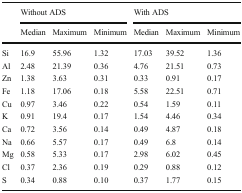
<table><thead><tr><td rowspan="2"></td><td colspan="3"><b>Without ADS</b></td><td colspan="3"><b>With ADS</b></td></tr><tr><td><b>Median</b></td><td><b>Maximum</b></td><td><b>Minimum</b></td><td><b>Median</b></td><td><b>Maximum</b></td><td><b>Minimum</b></td></tr></thead><tbody><tr><td>Si</td><td>16.9</td><td>55.96</td><td>1.32</td><td>17.03</td><td>39.52</td><td>1.36</td></tr><tr><td>Al</td><td>2.48</td><td>21.39</td><td>0.36</td><td>4.76</td><td>21.51</td><td>0.73</td></tr><tr><td>Zn</td><td>1.38</td><td>3.63</td><td>0.31</td><td>0.33</td><td>0.91</td><td>0.17</td></tr><tr><td>Fe</td><td>1.18</td><td>17.06</td><td>0.18</td><td>5.58</td><td>22.51</td><td>0.71</td></tr><tr><td>Cu</td><td>0.97</td><td>3.46</td><td>0.22</td><td>0.54</td><td>1.59</td><td>0.11</td></tr><tr><td>K</td><td>0.91</td><td>19.4</td><td>0.17</td><td>1.54</td><td>4.46</td><td>0.34</td></tr><tr><td>Ca</td><td>0.72</td><td>3.56</td><td>0.14</td><td>0.49</td><td>4.87</td><td>0.18</td></tr><tr><td>Na</td><td>0.66</td><td>5.57</td><td>0.17</td><td>0.49</td><td>6.8</td><td>0.14</td></tr><tr><td>Mg</td><td>0.58</td><td>5.33</td><td>0.17</td><td>2.98</td><td>6.02</td><td>0.45</td></tr><tr><td>Cl</td><td>0.37</td><td>2.36</td><td>0.19</td><td>0.29</td><td>0.88</td><td>0.12</td></tr><tr><td>S</td><td>0.34</td><td>0.88</td><td>0.10</td><td>0.37</td><td>1.77</td><td>0.15</td></tr></tbody></table>